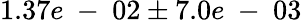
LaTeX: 1.37e\mathrm{~-~}02\pm 7.0e\mathrm{~-~}03